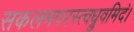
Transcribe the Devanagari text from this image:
सकलमपरस्त्वध्रुवमिदं।